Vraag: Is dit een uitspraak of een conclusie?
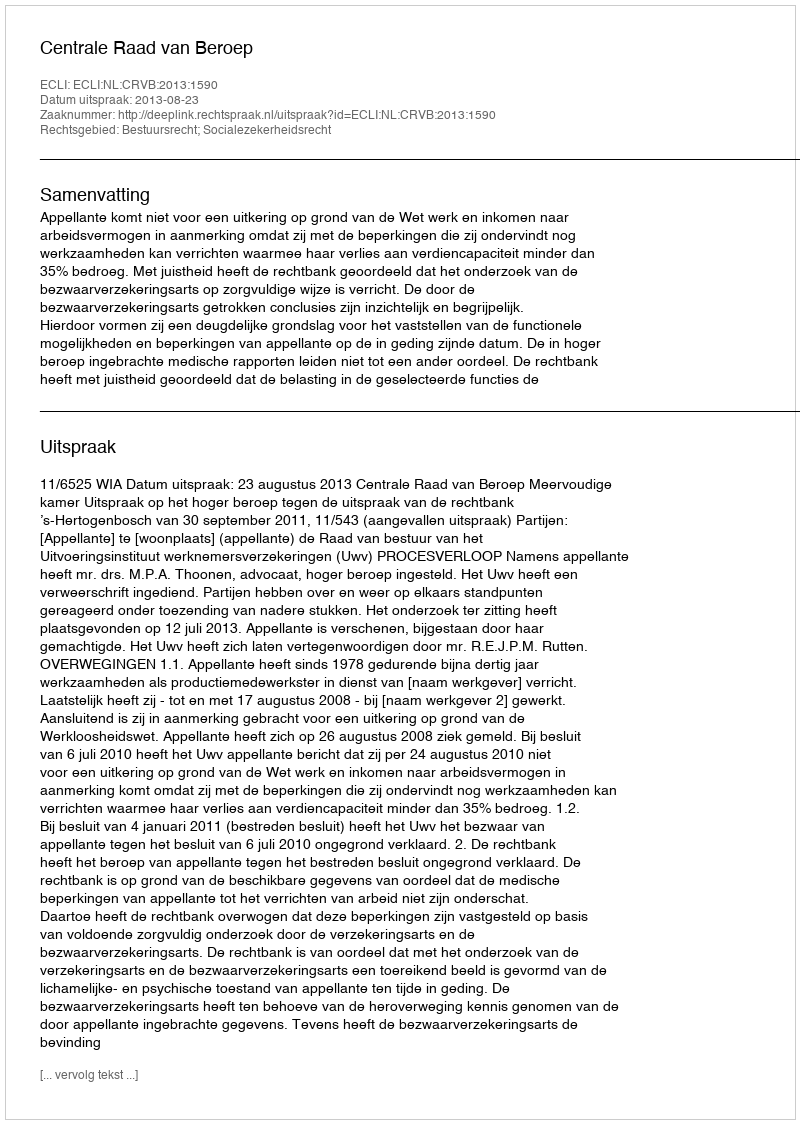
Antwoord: Uitspraak